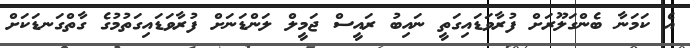
އެ ކަމަނާ ބެންގަލޫރަށް ފުރާވަޑައިގަތީ ނައިބު ރައީސް ޖަމީލް ލަންޑަނަށް ފުރާވަޑައިގަތުމުގެ ގާތްގަނޑަކަށް